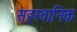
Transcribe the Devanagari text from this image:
सहस्वानिक